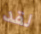
لقد